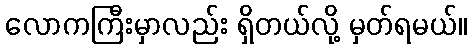
လောကကြီးမှာလည်း ရှိတယ်လို့ မှတ်ရမယ်။